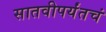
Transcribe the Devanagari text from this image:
सातवीपर्यंतचं